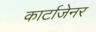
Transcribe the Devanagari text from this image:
कार्टाजेनर